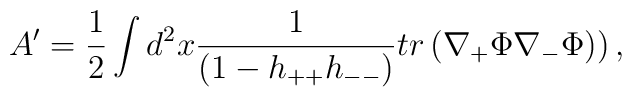
A' = \frac{1}{2} \int d^{2}x\frac{1}{(1 - h_{++}h_{--})}                tr\left(\nabla_{+}\Phi\nabla_{-}\Phi)\right),